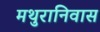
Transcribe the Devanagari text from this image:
मथुरानिवास